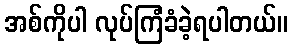
အစ်ကိုပါ လုပ်ကြံခံခဲ့ရပါတယ်။